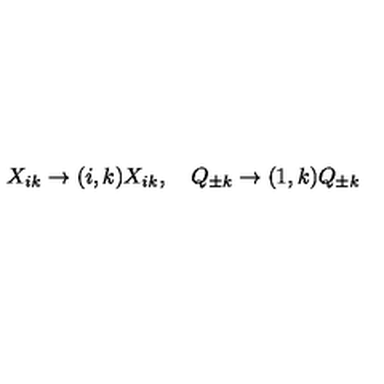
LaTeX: X _ { i k } \to ( i , k ) X _ { i k } , \quad Q _ { \pm k } \to ( 1 , k ) Q _ { \pm k }